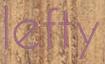
lefty